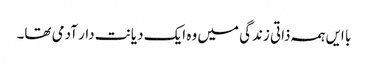
با ایں ہمہ ذاتی زندگی میں وہ ایک دیانت دار آدمی تھا۔